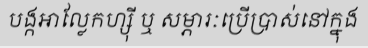
បង្កអាល្លែកហ្ស៊ី ឬ សម្ភារៈប្រើប្រាស់នៅក្នុង